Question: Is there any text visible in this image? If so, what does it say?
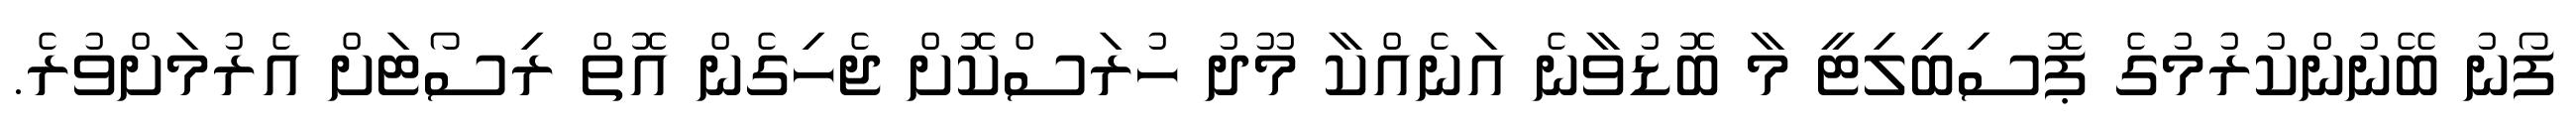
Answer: ފޯނު ބޭނުންކުރުމުގެ ޕޮސިބިލިޓީ މާ ބޮޑުވާނެ އަނެއްކާ މޫދު ހުރަސްކޮށް ޖެހިގެން އޮތް ރިސޯޓަށް އެރުމަށްވުރެ.